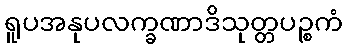
ရူပအနုပလက္ခဏာဒိသုတ္တပဉ္စကံ